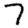
Digit: 7